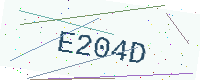
Text: E204D